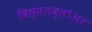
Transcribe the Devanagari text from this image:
विस्सलब्लोअर